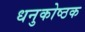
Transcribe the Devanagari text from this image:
धनुकोष्ठक